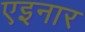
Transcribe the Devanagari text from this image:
एइनार